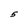
Character: 5